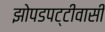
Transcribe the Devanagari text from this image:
झोपडपट्टीवासी